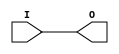
// $Header: /devl/xcs/repo/env/Databases/CAEInterfaces/verunilibs/data/unisims/BUFGP.v,v 1.6 2007/05/23 21:43:33 patrickp Exp $
///////////////////////////////////////////////////////////////////////////////
// Copyright (c) 1995/2004 Xilinx, Inc.
// All Right Reserved.
///////////////////////////////////////////////////////////////////////////////
//   ____  ____
//  /   /\/   /
// /___/  \  /    Vendor : Xilinx
// \   \   \/     Version : 10.1
//  \   \         Description : Xilinx Functional Simulation Library Component
//  /   /                  Primary Global Buffer for Driving Clocks or Long Lines
// /___/   /\     Filename : BUFGP.v
// \   \  /  \    Timestamp : Thu Mar 25 16:42:14 PST 2004
//  \___\/\___\
//
// Revision:
//    03/23/04 - Initial version.
//    05/23/07 - Changed timescale to 1 ps / 1 ps.

`timescale  1 ps / 1 ps


module BUFGP (O, I);

    output O;

    input  I;

	buf B1 (O, I);


endmodule